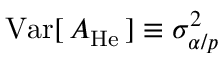
\mathrm { V a r } [ \, A _ { \mathrm { H e } } \, ] \equiv \sigma _ { \alpha / p } ^ { 2 }